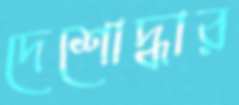
দেশোদ্ধার